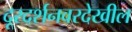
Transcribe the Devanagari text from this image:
दूरदर्शनवरदेखील